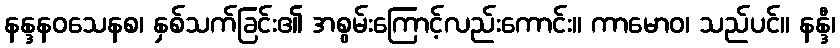
နန္ဒနဝသေနစ၊ နှစ်သက်ခြင်း၏ အစွမ်းကြောင့်လည်းကောင်း။ ကာမောဝ၊ သည်ပင်။ နန္ဒီ၊